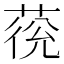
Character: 𱽹